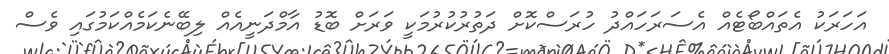
އަހަރަކު އެތައްބޯޓެއް އެސަރަހައްދު ހުރަސްކޮށް ދަތުރުކުރުމަކީ ވަރަށް ބޮޑު އާމްދަނީއެއް ލިބޭނެކަމެއްކަމުގައި ވެސް